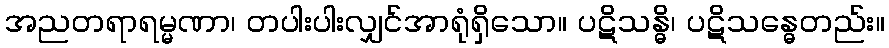
အညတရာရမ္မဏာ၊ တပါးပါးလျှင်အာရုံရှိသော။ ပဋိသန္ဓိ၊ ပဋိသန္ဓေတည်း။